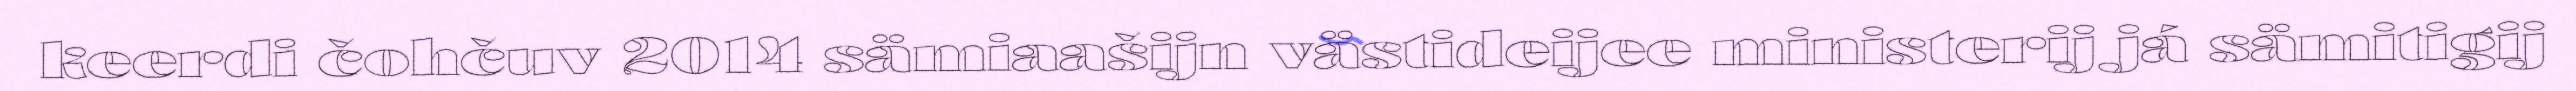
keerdi čohčuv 2014 sämiaašijn västideijee ministerij já sämitigij